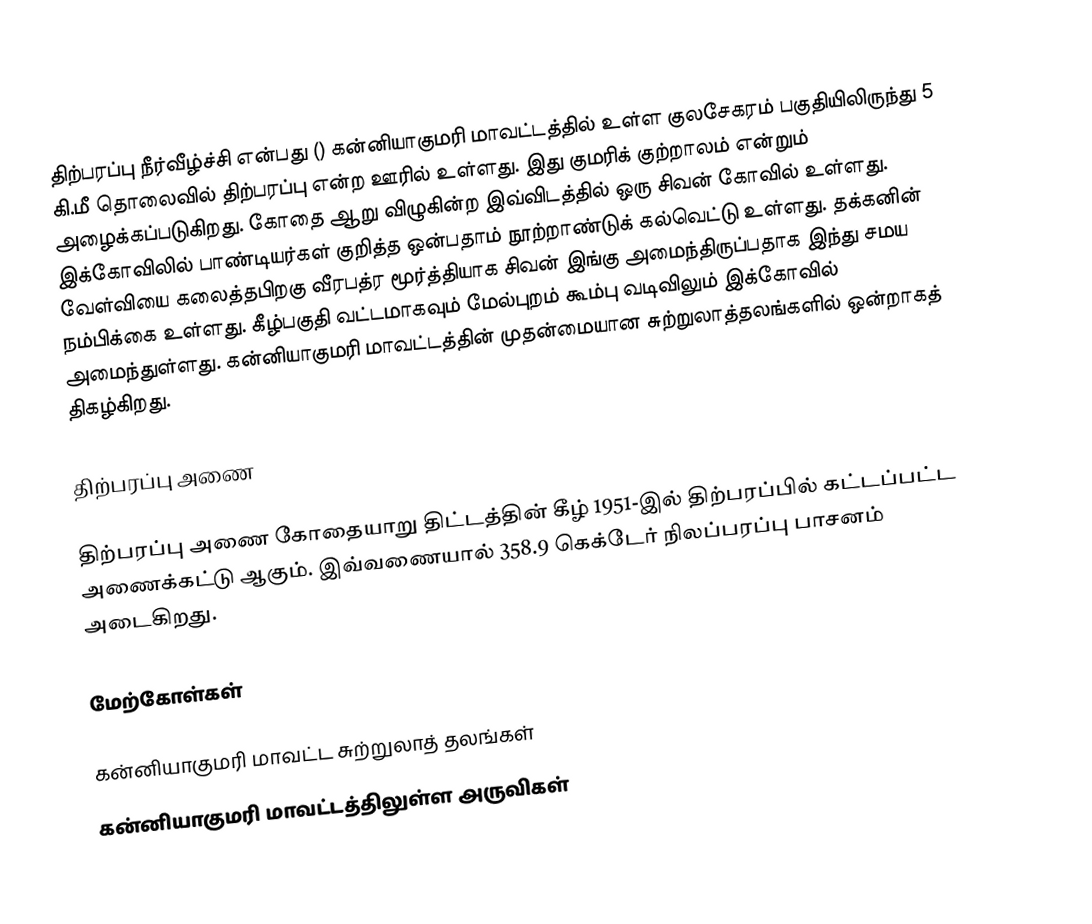
திற்பரப்பு நீர்வீழ்ச்சி என்பது () கன்னியாகுமரி மாவட்டத்தில் உள்ள குலசேகரம் பகுதியிலிருந்து 5 கி.மீ தொலைவில் திற்பரப்பு என்ற ஊரில் உள்ளது. இது குமரிக் குற்றாலம் என்றும் அழைக்கப்படுகிறது. கோதை ஆறு விழுகின்ற இவ்விடத்தில் ஒரு சிவன் கோவில் உள்ளது. இக்கோவிலில் பாண்டியர்கள் குறித்த ஒன்பதாம் நூற்றாண்டுக் கல்வெட்டு உள்ளது. தக்கனின் வேள்வியை கலைத்தபிறகு வீரபத்ர மூர்த்தியாக சிவன் இங்கு அமைந்திருப்பதாக இந்து சமய நம்பிக்கை உள்ளது. கீழ்பகுதி வட்டமாகவும் மேல்புறம் கூம்பு வடிவிலும் இக்கோவில் அமைந்துள்ளது. கன்னியாகுமரி மாவட்டத்தின் முதன்மையான சுற்றுலாத்தலங்களில் ஒன்றாகத் திகழ்கிறது.

திற்பரப்பு அணை

திற்பரப்பு அணை கோதையாறு திட்டத்தின் கீழ் 1951-இல் திற்பரப்பில் கட்டப்பட்ட அணைக்கட்டு ஆகும். இவ்வணையால் 358.9 கெக்டேர் நிலப்பரப்பு பாசனம் அடைகிறது.

மேற்கோள்கள்

கன்னியாகுமரி மாவட்ட சுற்றுலாத் தலங்கள்
கன்னியாகுமரி மாவட்டத்திலுள்ள அருவிகள்